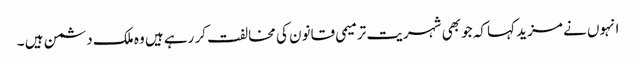
انہوں نے مزید کہا کہ جو بھی شہریت ترمیمی قانون کی مخالفت کر رہے ہیں وہ ملک دشمن ہیں ۔